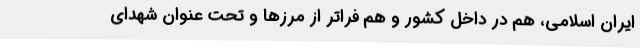
ایران اسلامی، هم در داخل کشور و هم فراتر از مرزها و تحت عنوان شهدای